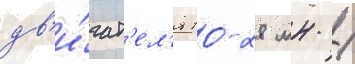
дв'и́гат'ел'я 10-28 мн /